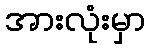
အားလုံးမှာ